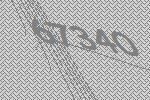
67340